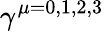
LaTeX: \gamma^{\mu=0,1,2,3}